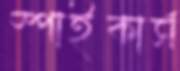
স্পাইকার্স